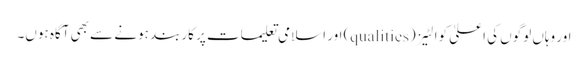
اور وہاں لوگوں کی اعلیٰ کوالٹیز (qualities) اور اسلامی تعلیمات پر کاربند ہونے سے بھی آگاہ ہوں۔